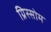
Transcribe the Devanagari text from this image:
ग्रिस्सोम